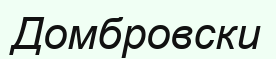
Домбровски